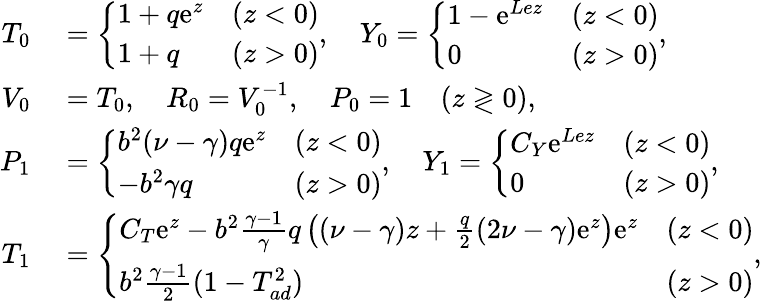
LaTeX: \begin{array}{rl}{{T}_{0}}&{{}=\left\{ \begin{array}{lll}{1+q\mathrm{e}^{z}}&{(z<0)}\\ {1+q}&{(z>0)}\end{array}\right.,\quad{Y}_{0}=\left\{ \begin{array}{lll}{1-\mathrm{e}^{Lez}}&{(z<0)}\\ {0}&{(z>0)}\end{array}\right.,}\\ {{V}_{0}}&{{}={T}_{0},\quad{R}_{0}={V}_{0}^{-1},\quad{P}_{0}=1\quad(z\gtrless 0),}\\ {{P}_{1}}&{{}=\left\{ \begin{array}{lll}{b^{2}(\nu-\gamma)q\mathrm{e}^{z}}&{(z<0)}\\ {-b^{2}\gamma q}&{(z>0)}\end{array}\right.,\quad{Y}_{1}=\left\{ \begin{array}{lll}{C_{Y}\mathrm{e}^{Lez}}&{(z<0)}\\ {0}&{(z>0)}\end{array}\right.,}\\ {{T}_{1}}&{{}=\left\{ \begin{array}{lll}{C_{T}\mathrm{e}^{z}-b^{2}\frac{\gamma-1}{\gamma}q\left((\nu-\gamma)z+\frac{q}{2}(2\nu-\gamma)\mathrm{e}^{z}\right)\mathrm{e}^{z}}&{(z<0)}\\ {b^{2}\frac{\gamma-1}{2}(1-T_{ad}^{2})}&{(z>0)}\end{array}\right.,}\end{array}